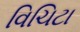
વિચિટા